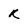
Character: R